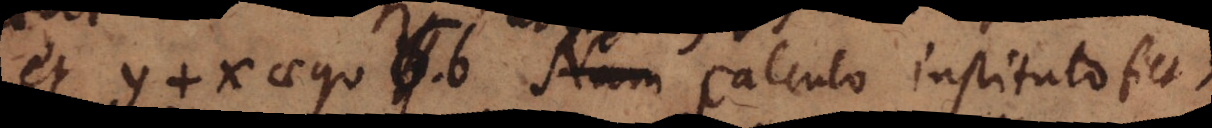
et y + x aequ. b Nam calculo instituto fiet x